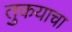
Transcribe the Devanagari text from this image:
तुकयाचा